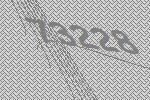
73228